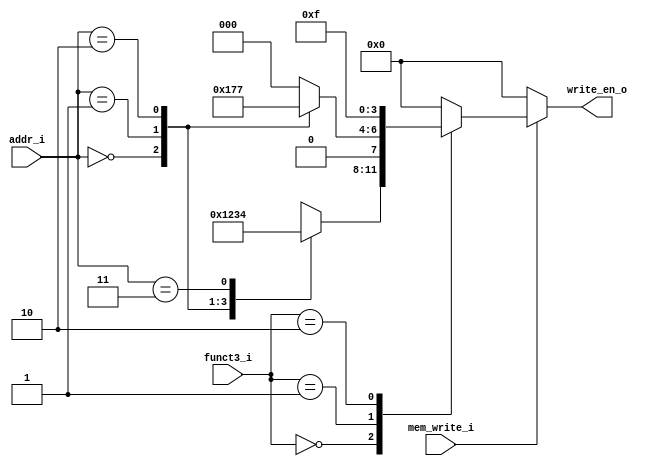
`define SW  3'b010
`define SB  3'b000
`define SH  3'b001

module store
(funct3_i,
mem_write_i,
addr_i,
write_en_o
);

    input [2:0] funct3_i;
    input mem_write_i;
    input [1:0] addr_i;
    output reg [3:0] write_en_o;

    always @(*)
    begin
        if(mem_write_i) begin
            case (funct3_i)
            `SB: begin
                case(addr_i)
                2'b00   : write_en_o = 4'b0001;
                2'b01   : write_en_o = 4'b0010;
                2'b10   : write_en_o = 4'b0011;
                2'b11   : write_en_o = 4'b0100;
                default : write_en_o = 4'b0000;
                endcase
            end
            `SH: begin
                case(addr_i)
                2'b00   : write_en_o = 4'b0101;
                2'b01   : write_en_o = 4'b0110;
                2'b10   : write_en_o = 4'b0111;
                default : write_en_o = 4'b0000;
                endcase
            end
            `SW: write_en_o = 4'b1111;
            default:
                write_en_o = 4'b0000;
            endcase
        end
        else
        begin
            write_en_o = 4'b0000;
        end
    end
endmodule